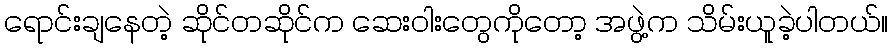
ရောင်းချနေတဲ့ ဆိုင်တဆိုင်က ဆေးဝါးတွေကိုတော့ အဖွဲ့က သိမ်းယူခဲ့ပါတယ်။